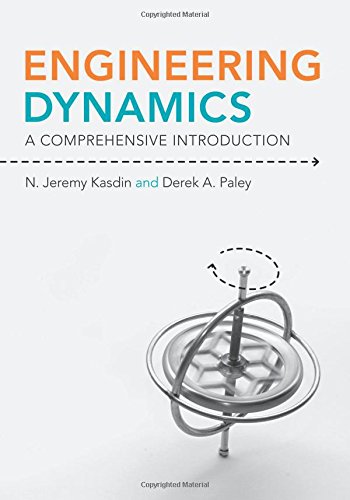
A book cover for Engineering Dynamics: A Comprehensive Introduction; N. Jeremy Kasdin; Science & Math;